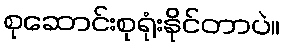
စုဆောင်းစုရုံးနိုင်တာပဲ။